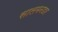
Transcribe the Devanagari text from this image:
सालमनडर